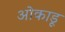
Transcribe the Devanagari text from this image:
ओकाडू